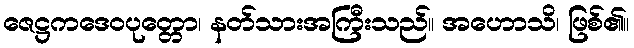
ဇေဋ္ဌကဒေဝပုတ္တော၊ နတ်သားအကြီးသည်။ အဟောသိ၊ ဖြစ်၏။